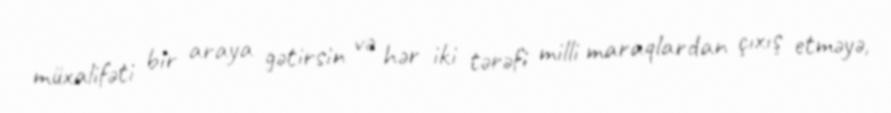
müxalifəti bir araya gətirsin və hər iki tərəfi milli maraqlardan çıxış etməyə,